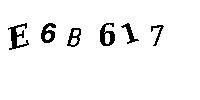
E6B617